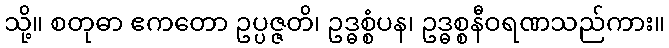
သို့။ စတုဓာ ဧကတော ဥပ္ပဇ္ဇတိ၊ ဥဒ္ဓစ္စံပန၊ ဥဒ္ဓစ္စနီဝရဏသည်ကား။